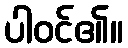
ပါဝင်၏။